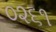
૦૨૬૧